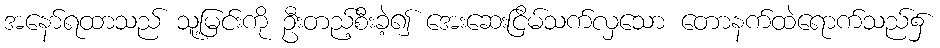
အနော်ရထာသည် သူ့မြင်းကို ဦးတည့်စီးခဲ့၍ အေးဆေးငြိမ်သက်လှသော တောနက်ထဲရောက်သည်၌